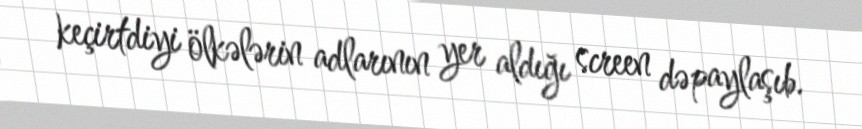
keçirtdiyi ölkələrin adlarının yer aldığı screen də paylaşıb.